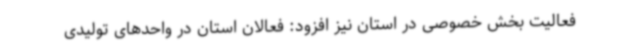
فعالیت بخش خصوصی در استان نیز افزود: فعالان استان در واحدهای تولیدی